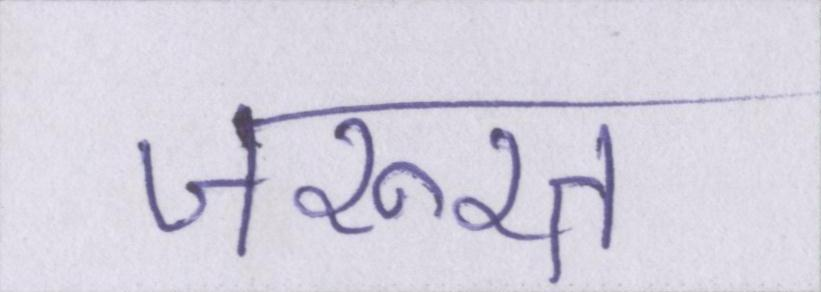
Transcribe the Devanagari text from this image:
जरूरत